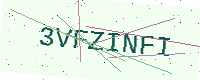
Text: 3VFZINFI